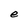
Character: e